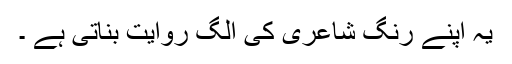
یہ اپنے رنگِ شاعری کی الگ روایت بناتی ہے ۔